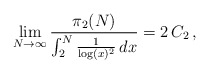
\begin{align*}\lim_{N \rightarrow \infty} \frac{\pi_{2}(N)}{ \int_{2}^{N} \frac{1}{\log( x )^2}\, dx} = 2 \, C_2 \, ,\end{align*}